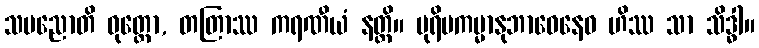
သပညောတိ ဝုတ္တော, တတြာဿ ကရဏီယံ နတ္ထိ။ ပုရိမကမ္မာနုဘာဝေနေဝ ဟိဿ သာ သိဒ္ဓါ။